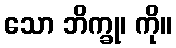
သော ဘိက္ခု၊ ကို။